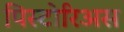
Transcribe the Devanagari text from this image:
पिस्टोरिअस